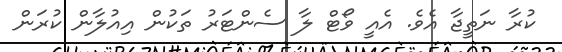
ކުރާ ނަތީޖާ އެވެ. އެއީ ވޯޓް ލާ ސެންޓަރު ތަކުން އިއުލާން ކުރަން